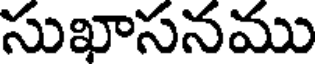
సుఖాసనము